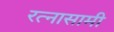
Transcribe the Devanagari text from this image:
रत्नासामी